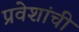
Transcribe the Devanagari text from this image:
प्रवेशांची